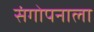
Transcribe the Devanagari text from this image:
संगोपनाला